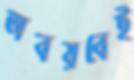
অবয়বেই